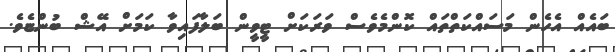
ބައެއް އެހެން މަސައްކަތްތައް ކޮންމެވެސް ވަރަކަށް ޓީވީން ބަލާފައިވާ ކަމަށް އޭޝް ބުންޏެވެ.